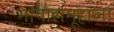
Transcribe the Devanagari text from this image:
भाषासमूहाला